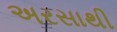
અરસાથી